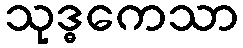
သုဒ္ဓကေသာ